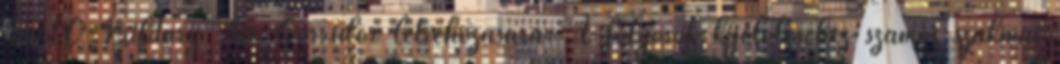
MAC-Military Air Corridor létrehozására. A folyosók kijelöléséhez számos szakmai